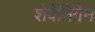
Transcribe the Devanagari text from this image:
शेवेनिंगेन